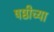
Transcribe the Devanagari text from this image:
षष्ठीच्या